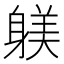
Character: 躾